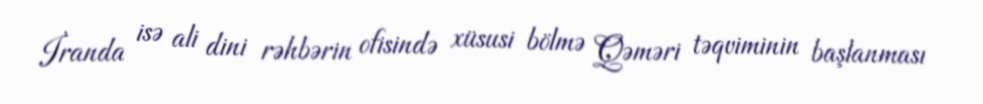
İranda isə ali dini rəhbərin ofisində xüsusi bölmə Qəməri təqviminin başlanması